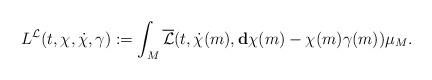
LaTeX: \begin{align*}L^{\mathcal{L}}(t,\chi,\dot\chi,\gamma):=\int_M\overline{\mathcal{L}}(t,\dot\chi(m),\mathbf{d}\chi(m)-\chi(m)\gamma(m))\mu_M.\end{align*}